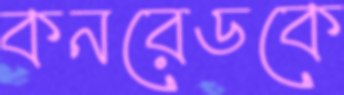
কনরেডকে